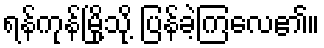
ရန်ကုန်မြို့သို့ ပြန်ခဲ့ကြလေ၏။